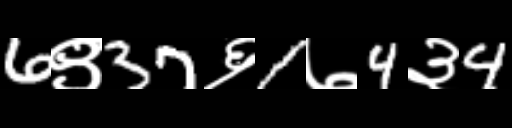
Text: 6९37६1७4३4